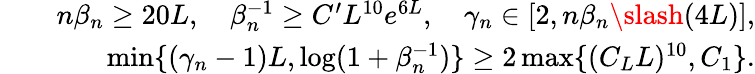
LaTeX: \begin{array}{rlr}&{}&{n\beta_{n}\geq 20L,\quad\beta_{n}^{-1}\geq C^{\prime}L^{10}e^{6L},\quad\gamma_{n}\in[2,n\beta_{n}\slash(4L)],}\\ &{}&{\operatorname*{min}\{ (\gamma_{n}-1)L,\log(1+\beta_{n}^{-1})\} \geq 2\operatorname*{max}\{ (C_{L}L)^{10},C_{1}\} .}\end{array}